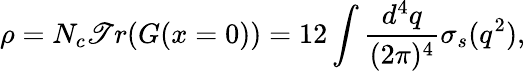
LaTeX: \rho=N_{c}\mathscr{T}r(G(x=0))=12\int\frac{{d^{4}q}}{{(2\pi)^{4}}}\sigma_{s}(q^{2}),